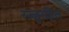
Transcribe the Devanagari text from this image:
रज्जुरहित